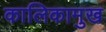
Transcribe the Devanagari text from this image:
कालिकामुख